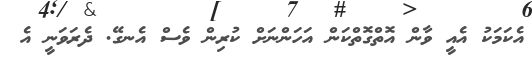
އެކަމަކު އެއީ ވާން އޮތްގޮތްކަން އަހަންނަށް ކުރިން ވެސް އެނގޭ. ދެރަވަނީ އެ